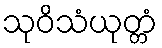
သုဝိသံယုတ္တံ